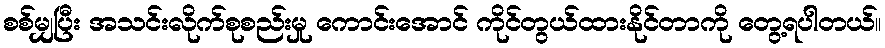
စစ်မျှပြီး အသင်းလိုက်စုစည်းမှု ကောင်းအောင် ကိုင်တွယ်ထားနိုင်တာကို တွေ့ရပါတယ်။